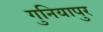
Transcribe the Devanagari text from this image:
गुनियापुर